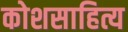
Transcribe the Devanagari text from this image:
कोशसाहित्य